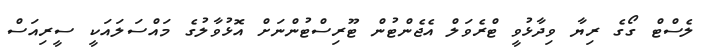
ލެސްޓް ގޯގެ ރިޔާ ވިދާޅުވީ ޓްރެވަލް އެޖެންޓުން ޓޫރިސްޓުންނަށް އޮޅުވާލުގެ މައްސަލައަކީ ސީރިއަސް